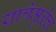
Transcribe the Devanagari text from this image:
यात्रेमुळेच